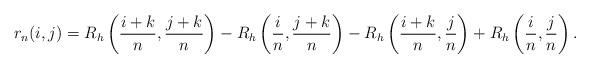
LaTeX: \begin{align*}r_n(i,j) = R_h\left(\frac{i+k}{n}, \frac{j+k}{n}\right) - R_h\left(\frac{i}{n}, \frac{j+k}{n}\right) - R_h\left(\frac{i+k}{n}, \frac{j}{n}\right) + R_h\left(\frac{i}{n}, \frac{j}{n}\right).\end{align*}